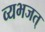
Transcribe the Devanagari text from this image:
व्यभजत्